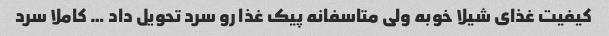
کیفیت غذای شیلا خوبه ولی متاسفانه پیک غذا رو سرد تحویل داد … کاملا سرد